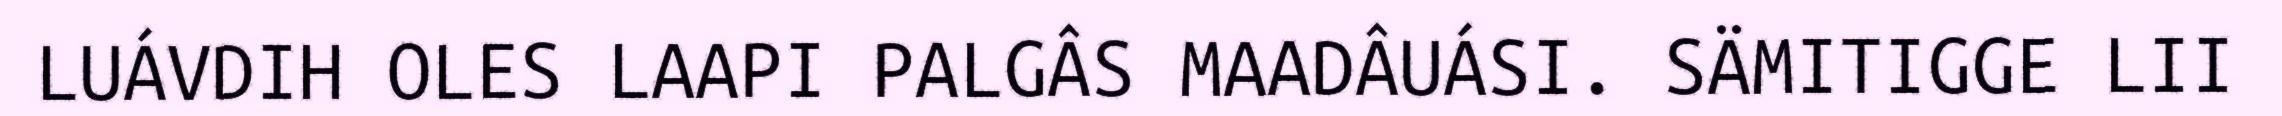
LUÁVDIH OLES LAAPI PALGÂS MAADÂUÁSI. SÄMITIGGE LII